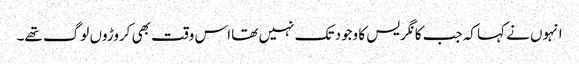
انہوں نے کہا کہ جب کانگریس کا وجود تک نہیں تھا اس وقت بھی کروڑوں لوگ تھے۔